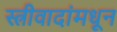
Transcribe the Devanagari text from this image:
स्त्रीवादांमधून